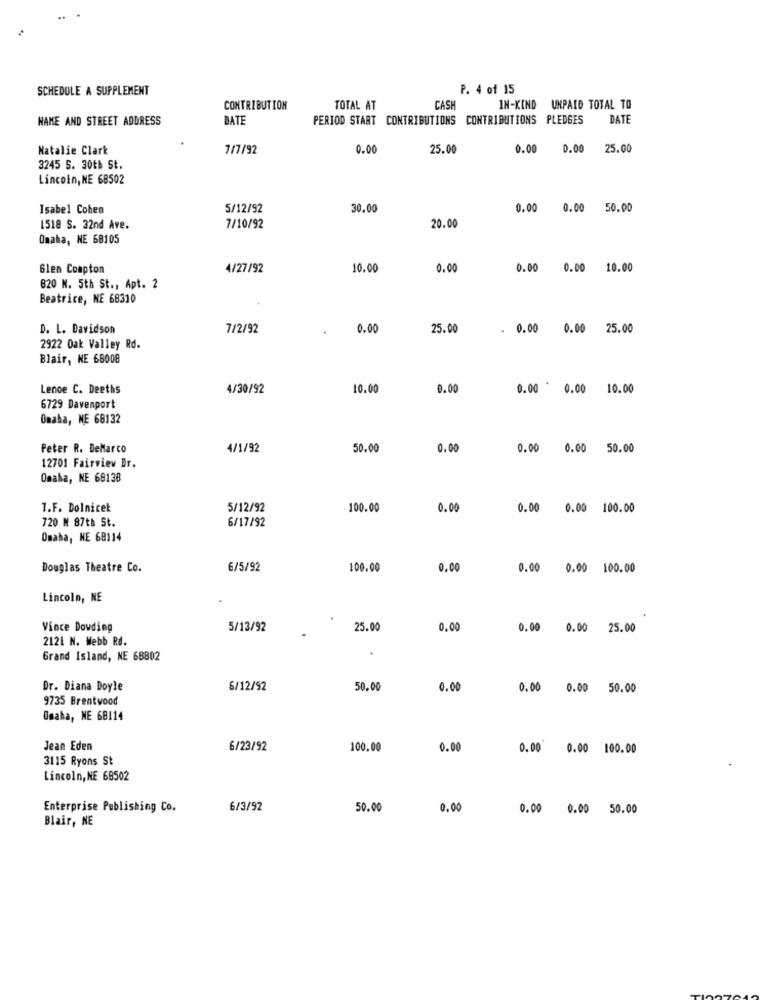
SCHEDULE A SUPPLEMENT
P. 4 of 15
CONTRIBUTION
TOTAL AT
CASH
IN-KIND UNPAID TOTAL TO
NAME AND STREET ADDRESS
DATE
PERIOD START CONTRIBUTIONS CONTRIBUTIONS PLEDGES
DATE
Natalie Clark
7/7/92
0.00
25.00
0.00
0.00
25.00
3245 S. 30th St.
Lincoln, NE 68502
Isabel Cohen
5/12/92
30.00
0.00 0.00
50.00
20.00
1518 S. 32nd Ave.
7/10/92
Omaha, NE 68105
Glen Compton
4/27/92
10.00
0.00
0.00 0.00 10.00
820 N. 5th St ., Apt. 2
Beatrice, NE 68310
D. L. Davidson
7/2/92
0.00
25.00
. 0.00 0.00 25.00
2922 Oak Valley Rd.
Blair, NE 68008
Lenoe C. Deeths
4/30/92
10.00
0.00
0.00 ' 0.00 10.00
6729 Davenport
Omaha, NE 68132
Peter R. DeMarco
4/1/92
50.00
0.00
0.00 0.00 50.00
12701 Fairview Br.
Omaha, NE 68138
1.F. Dolnicek
5/12/92
100.00
0.00
0.00
0.00 100.00
720 M 87th St.
6/17/92
Omaha, NE 68114
Douglas Theatre Co.
6/5/92
100.00
0.00
0.00
0.00 100.00
Lincoln, NE
Vince Dowding
5/13/92
25.00
0.00
0.00
0.00
25.00
2121 N. Webb Rd.
Grand Island, NE 68802
Dr. Diana Doyle
6/12/92
50.00
0.00
0.00 0.00 50.00
9735 Brentwood
Omaha, NE 68114
Jean Eden
6/23/92
100.00
0.00
0.00 0.00 100.00
3115 Ryons St
Lincoln, NE 68502
Enterprise Publishing Co.
6/3/92
50.00
0.00
0.00 0.00 50.00
Blair, NE